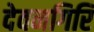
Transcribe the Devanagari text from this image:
देवनगिरि